Leaving Certificate Examination, 1916
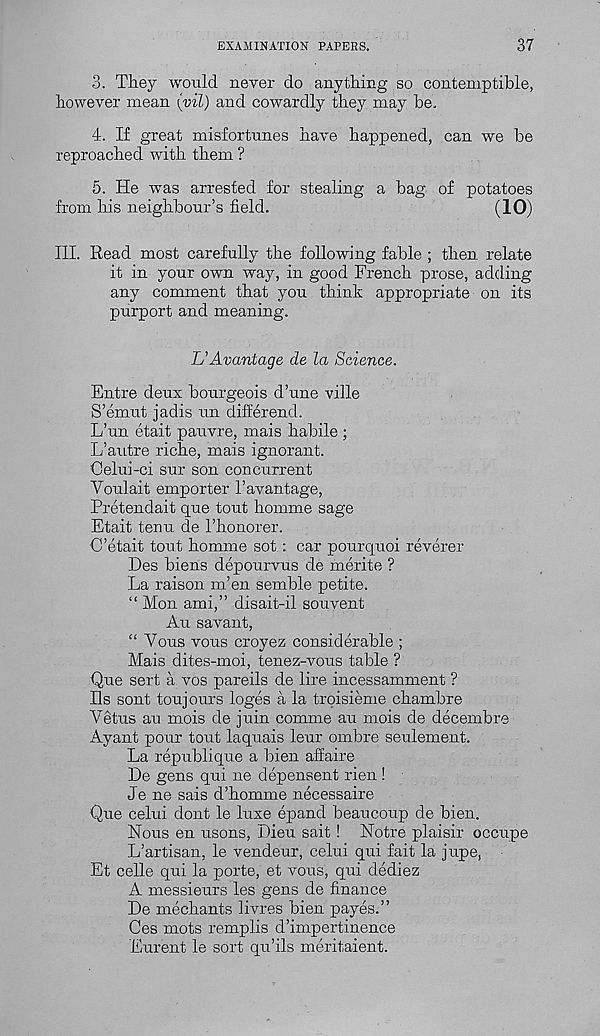
EXAMINATION PAPERS.
37
3. They would never do anything so contemptible,
however mean (vil) and cowardly they may be.
4. If great misfortunes have happened, can we be
reproached with them ?
5. He w T as arrested for stealing a bag of potatoes
from his neighbour’s field.
(10)
III. Read most carefully the following fable ; then relate
it in your own way, in good French prose, adding
any comment that you think appropriate on its
purport and meaning.
L’Avantage de la Science.
Entre deux bourgeois d’une ville
S’emut jadis tin differend.
L’un etait pauvre, mais habile ;
L’autre riche, mais ignorant.
Oelui-ci sur son concurrent
Voulait emporter 1’avantage,
Pretendait que tout homme sage
Etait tenu de 1’honorer.
C’etait tout homme sot : car pourquoi reverer
Des biens depourvus de merite ?
La raison m’en semble petite.
“ Mon ami,” disait-il souvent
Au savant,
“ Vous vous croyez considerable ;
Mais dites-moi, tenez-vous table ?
Que sert a vos pareils de lire incessamment ?
Ils sont toujours loges a la troisieme chambre
Vetus au mois de juin comme au mois de decembre
Ayant pour tout laquais leur ombre settlement.
La republiqtte a bien affaire
De gens qui ne depensent rien !
Je ne sais d’homme necessaire
Que celui dont le luxe epand beau con p de bien.
Nous en usons, Dieu sait ! Notre plaisir occupe
L’artisan, le vendeur, celui qui fait la jupe,
Et celle qui la porte, et vous, qui dediez
A messieurs les gens de finance
De mechants livres bien payes.”
Ces mots remplis d’impertinence
Eurent le sort qu’ils meritaient.